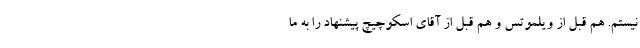
نیستم. هم قبل از ویلموتس و هم قبل از آقای اسکوچیچ پیشنهاد را به ما